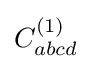
C_{abcd}^{(1)}